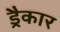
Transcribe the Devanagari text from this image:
ड्रैकार